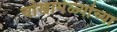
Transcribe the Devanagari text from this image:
चोखामेळ्यांच्या